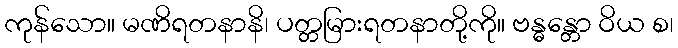
ကုန်သော။ မဏိရတနာနိ၊ ပတ္တမြားရတနာတို့ကို။ ဗန္ဓန္တော ဝိယ စ၊